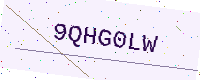
Text: 9QHG0LW